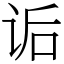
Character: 诟